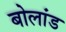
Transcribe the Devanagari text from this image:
बोलांड